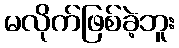
မလိုက်ဖြစ်ခဲ့ဘူး